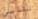
تشابي